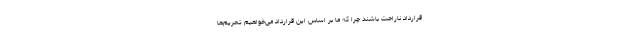
قرارداد ناراحت باشند چرا که ما بر اساس این قرارداد می‌خواهیم تحریم‌ها